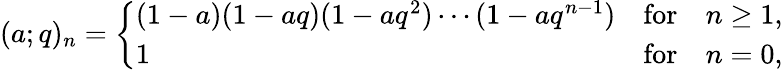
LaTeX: (a;q)_{n}=\left\{ \begin{array}{lll}{{(1-a)(1-aq)(1-aq^{2})\cdots(1-aq^{n-1})}}&{{\mathrm{for}}}&{{n\ge 1,}}\\ {{1}}&{{\mathrm{for}}}&{{n=0,}}\end{array}\right.